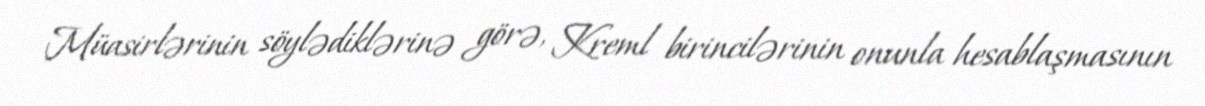
Müasirlərinin söylədiklərinə görə, Kreml birincilərinin onunla hesablaşmasının